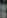
: